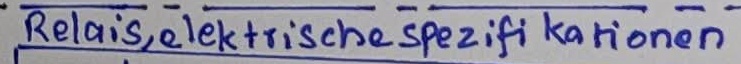
Text: Relais,elektrische Spezifikationen